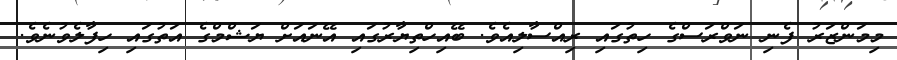
މިމަންޒަރު ފެނި ނަވްރަސްގެ ހިތުގައި ރިއްސާލިއެވެ. ބޭއިހްތިޔާރުގައި އޭނައަށް ޔަޝްމްގެ އަތުގައި ހިފާލެވުނެވެ.